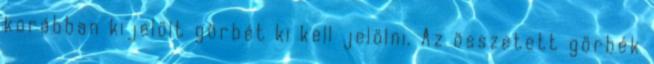
korábban kijelölt görbét ki kell jelölni. Az összetett görbék